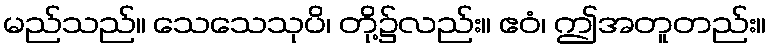
မည်သည်။ သေသေသုပိ၊ တို့၌လည်း။ ဧဝံ၊ ဤအတူတည်း။